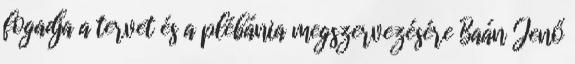
fogadja a tervet és a plébánia megszervezésére Baán Jenő